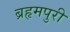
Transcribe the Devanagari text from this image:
ब्रहृमपुरी